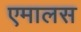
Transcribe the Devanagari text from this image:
एमालस